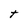
Character: t